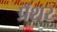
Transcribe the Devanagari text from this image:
प्रॅशर